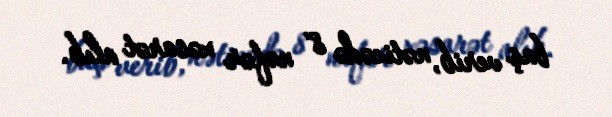
baş verib, nəticədə 8 nəfər xəsarət alıb.